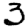
Digit: 3